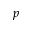
p